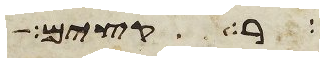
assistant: רקים